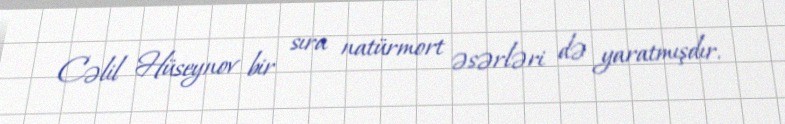
Cəlil Hüseynov bir sıra natürmort əsərləri də yaratmışdır.